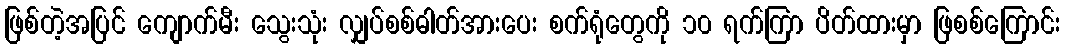
ဖြစ်တဲ့အပြင် ကျောက်မီး သွေးသုံး လျှပ်စစ်ဓါတ်အားပေး စက်ရုံတွေကို ၁၀ ရက်ကြာ ပိတ်ထားမှာ ဖြစစ်ကြောင်း